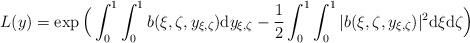
LaTeX: \begin{align*}L(y)=\exp\Big(\int_0^1\int_0^1b(\xi,\zeta,y_{\xi,\zeta}) \mathrm{d}y_{\xi,\zeta}-\frac{1}{2}\int_0^1\int_0^1|b(\xi,\zeta,y_{\xi,\zeta})|^2\mathrm{d}\xi \mathrm{d}\zeta\Big)\end{align*}